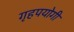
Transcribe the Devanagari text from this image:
गृहपयोगी